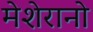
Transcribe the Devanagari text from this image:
मेशेरानो